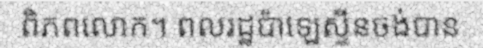
ពិភពលោក។ ពលរដ្ឋប៉ាឡេស្ទីនចង់បាន